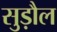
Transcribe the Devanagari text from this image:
सुड़ौल